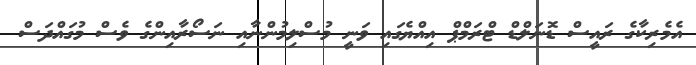
އެމެރިކާގެ ރައީސް ޑޮނަލްޑް ޓްރަމްޕް އިއްޔެގައި ވަނީ މުސްލިމުންނާއި ނަސޯރާއިންގެ ވެސް މުގައްދަސް